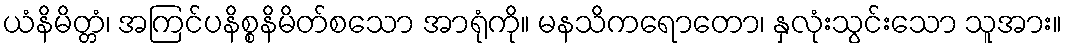
ယံနိမိတ္တံ၊ အကြင်ပနိစ္စနိမိတ်စသော အာရုံကို။ မနသိကရောတော၊ နှလုံးသွင်းသော သူအား။